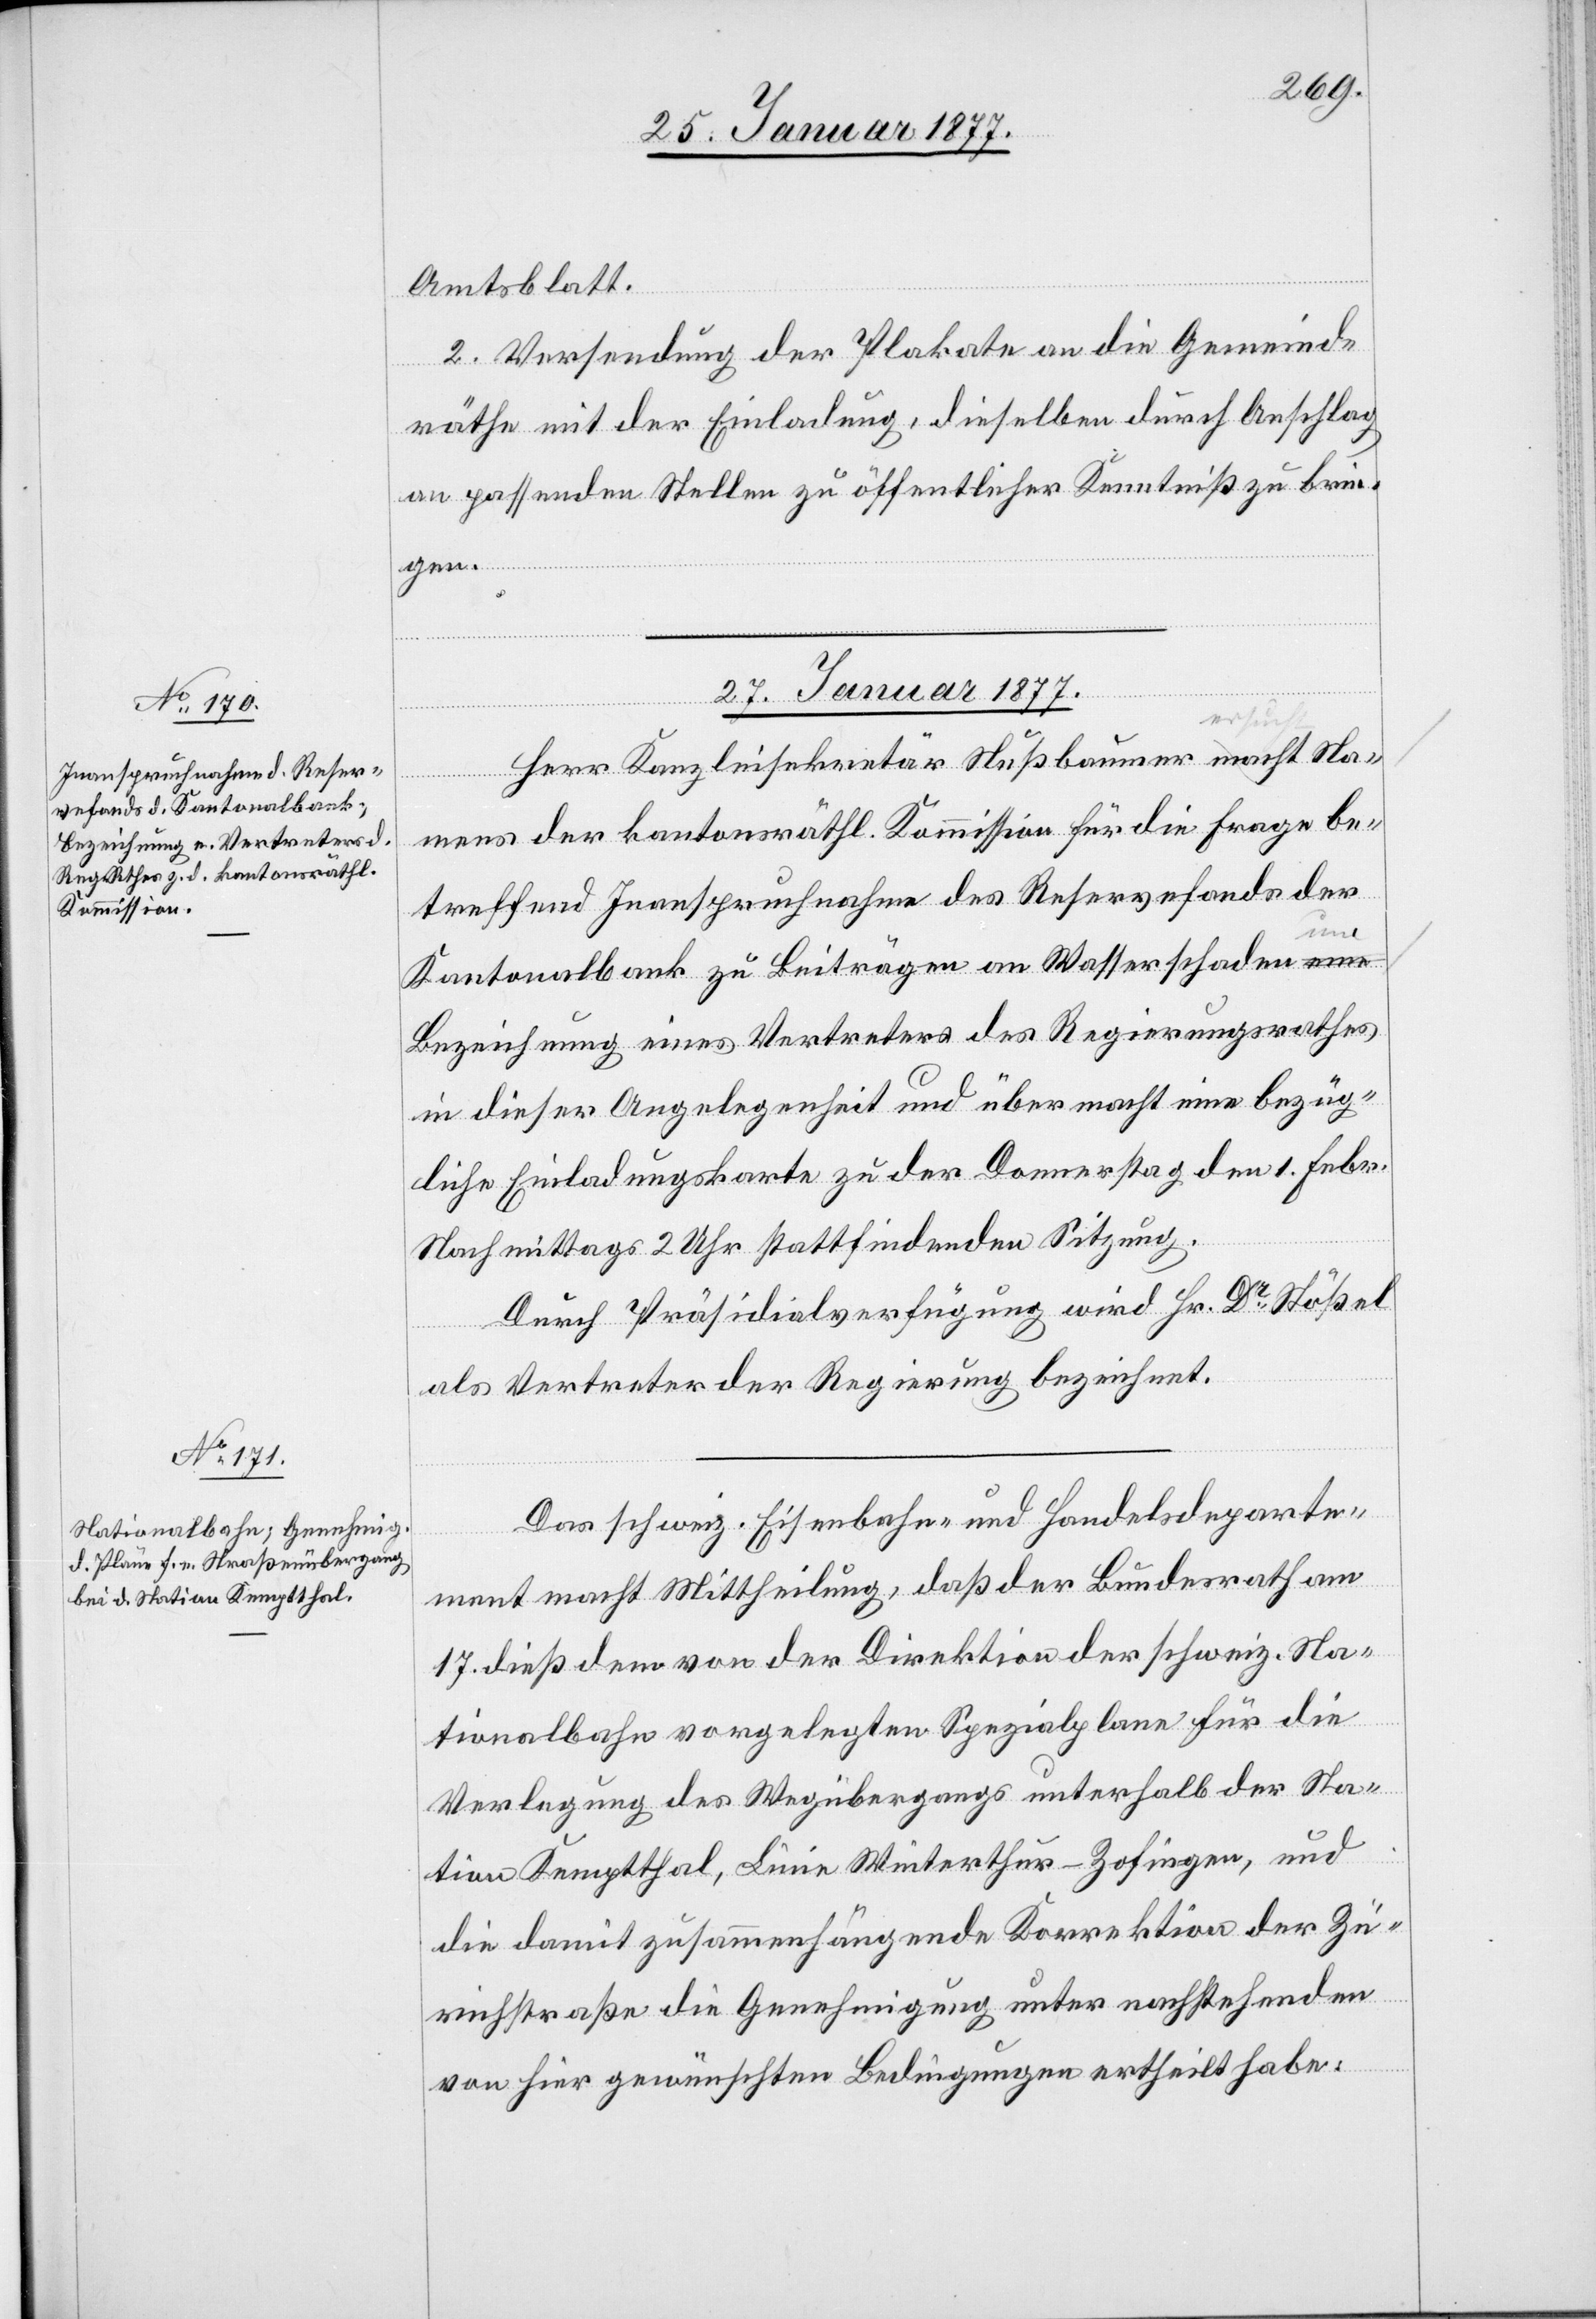
Amtsblatt.
2. Versendung der Plakate an die Gemeind¬
räthe mit der Einladung, dieselben durch Anschlag
an passenden Stellen zu öffentlicher Kenntniß zu brin¬
gen.
27. Januar 1877.]
erfüg¬
Herr Kanzleisekretär Nußbaumer macht Na¬
mens der kantonsräthl. Kommission für die Frage be¬
treffend Inanspruchnahme des Reservefonds der
Kantonalbank zu Beiträgen an Wasserschaden eine
Bezeichnung eines Vertreters des Regierungsrathes
in dieser Angelegenheit und übermacht eine bezüg¬
liche Einladungskarte zu der Donnerstag den 1. Febr.
Nachmittags 2 Uhr stattfindenden Sitzung.
Durch Präsidialverfügung wird Dr Stößel
als Vertreter der Regierung bezeichnet.
Das schweiz. Eisenbahn- und Handelsdeparte¬
ment macht Mittheilung, daß der Bundesrath am
17. dieß dem von der Direktion der schweiz. Na¬
tionalbahn vorgelegten Spezialplan für die
Verlegung des Wegübergangs unterhalb der Sta¬
ungen
tion Kemptthal, Linie Winterthur–Zofingen, und
die damit zusammenhängende Korrektion der Zü¬
richstraße die Genehmigung unter nachstehenden
von hier gewünschten Bedingungen ertheilt habe: